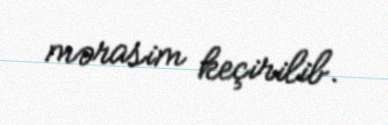
mərasim keçirilib.